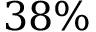
3 8 \%